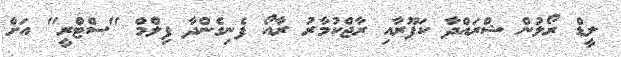
ލީޑް ރޯލުން ޝްރައްދާ ކަޕޫރާއި ރާޖްކުމާރު ރާއޯ ފެނިގެންދާ ފިލްމް "ސްޓްރީ" އަށް